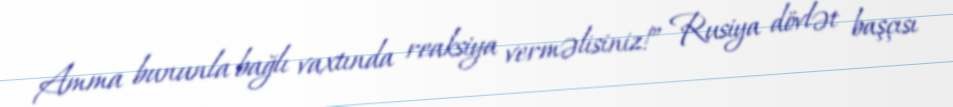
Amma bununla bağlı vaxtında reaksiya verməlisiniz!” Rusiya dövlət başçısı